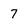
Character: 7